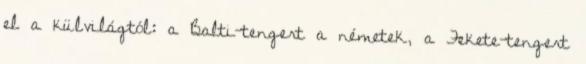
el a külvilágtól: a Balti-tengert a németek, a Fekete-tengert